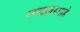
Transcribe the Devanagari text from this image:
रस्त्यावरआहे